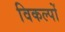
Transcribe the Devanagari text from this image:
विकल्‍पों